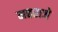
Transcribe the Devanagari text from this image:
महराजे